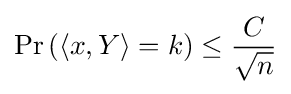
\Pr \left(\langle x,Y\rangle =k\right)\leq {\frac {C}{\sqrt {n}}}